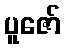
ပူဇော်